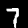
Digit: 7